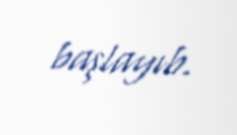
başlayıb.